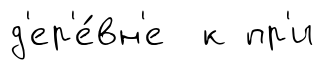
д'ер'е́вн'е к пр'и